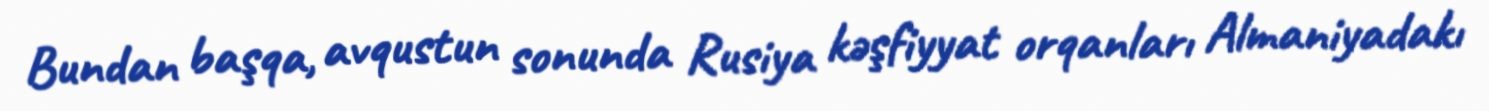
Bundan başqa, avqustun sonunda Rusiya kəşfiyyat orqanları Almaniyadakı